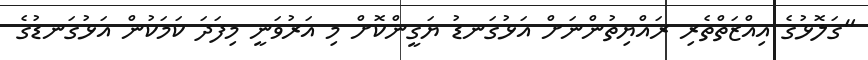
"ގަލޮޅުގެ އިއްޒަތްތެރި ރައްޔިތުންނަށް އަޅުގަނޑު ޔަގީންކޮށް މި އަރުވަނީ މިފަދަ ކަމަކުން އަޅުގަނޑުގެ